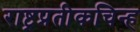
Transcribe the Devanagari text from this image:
राष्ट्रप्रतीकचिन्ह